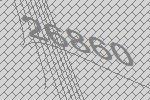
26860